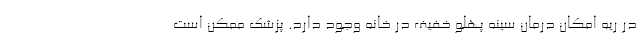
در ریه امکان درمان سینه پهلو خفیف در خانه وجود دارد. پزشک ممکن است